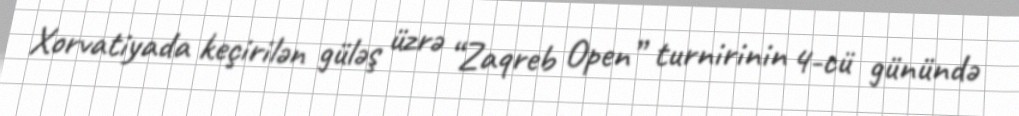
Xorvatiyada keçirilən güləş üzrə “Zaqreb Open” turnirinin 4-cü günündə